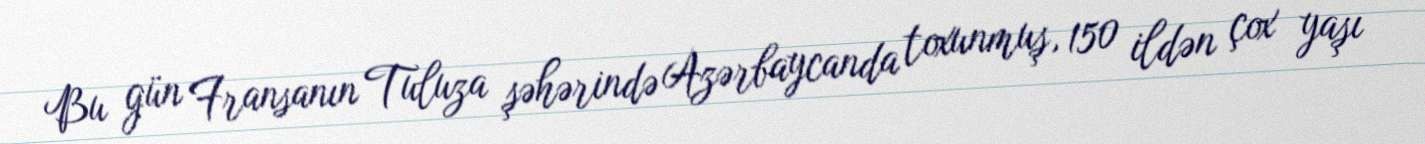
Bu gün Fransanın Tuluza şəhərində Azərbaycanda toxunmuş, 150 ildən çox yaşı